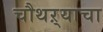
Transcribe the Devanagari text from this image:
चौथऱ्याचा